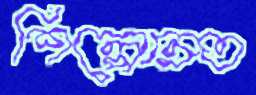
শিল্পোন্নত